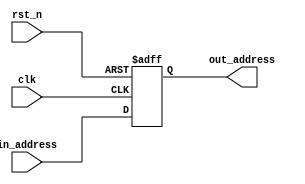

module Program_Counter(
	clk,
	rst_n,
	in_address,
	out_address
    );

input clk, rst_n;
input [31:0] in_address;
output reg [31:0] out_address;

always @ (posedge clk or negedge rst_n)
begin
  if(!rst_n)
  out_address <= 32'd0;
  else
  out_address <= in_address;
end

endmodule